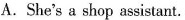
A.She's a shop assistant.